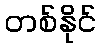
တစ်နိုင်